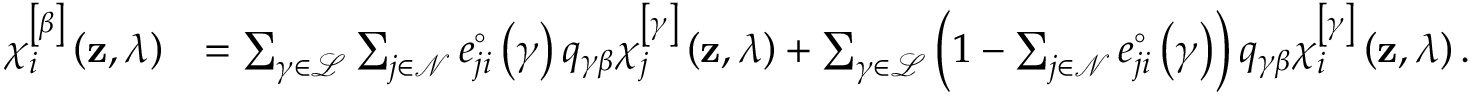
\begin{array} { r l } { \chi _ { i } ^ { \left[ \beta \right] } \left( \mathbf { z } , \lambda \right) } & { = \sum _ { \gamma \in \mathcal { L } } \sum _ { j \in \mathcal { N } } e _ { j i } ^ { \circ } \left( \gamma \right) q _ { \gamma \beta } \chi _ { j } ^ { \left[ \gamma \right] } \left( \mathbf { z } , \lambda \right) + \sum _ { \gamma \in \mathcal { L } } \left( 1 - \sum _ { j \in \mathcal { N } } e _ { j i } ^ { \circ } \left( \gamma \right) \right) q _ { \gamma \beta } \chi _ { i } ^ { \left[ \gamma \right] } \left( \mathbf { z } , \lambda \right) . } \end{array}